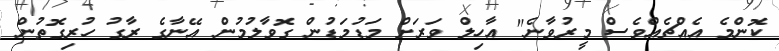
ކޮންމެ އެއްޗެއްވެސް މީރުވާނެ" އާހިލް ވަރަށް މަޑުމަޑުން ގޮވާލުމުން އޭނާގެ ރާގު ހުރިގޮތުން